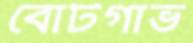
বোটগাভ